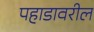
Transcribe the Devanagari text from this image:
पहाडावरील